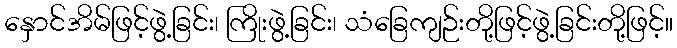
နှောင်အိမ်ဖြင့်ဖွဲ့ခြင်း၊ ကြိုးဖွဲ့ခြင်း၊ သံခြေကျဉ်းတို့ဖြင့်ဖွဲ့ခြင်းတို့ဖြင့်။